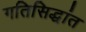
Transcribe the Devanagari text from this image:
गतिसिद्धांत